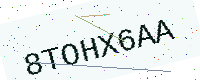
Text: 8TOHX6AA